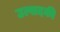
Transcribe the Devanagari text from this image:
उत्पादकी